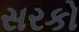
સરકો